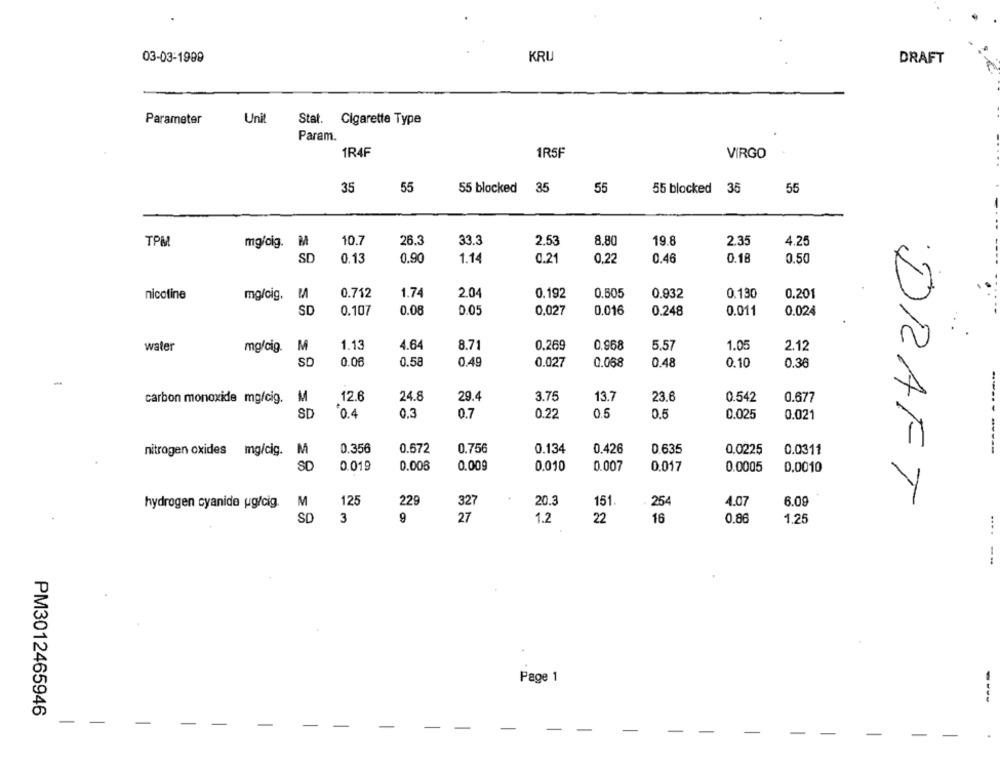
03-03-1989
KRU
DRAFT
Parameter
Unit
Stat. Cigarette Type
Param.
1R4F
1R5F
VIRGO
35
55
55 blocked 35
55
55 blocked 35
55
TPM
mg/dig. M
10.7
26.3
33.3
2.53
8.8
19.8
2.35
4.25
SD
0.13
0.90
1.14
0.2
0.22
0.46
0.18
0,50
nicotine
mg/cig.
0.712
1.74
2.04
0.192
0.505
0.932
0.130
0.201
SD
0.107
0.08
0.05
0,027
0.016
0.248
0.011
0.024
1.13
4.64
8.71
0.269
0,968
5.57
1.05
water
mg/cig.
M
2.12
SD
0.06
0.58
0.49
0.027
0.068
0.48
0.10
0.36
-
carbon monoxide mg/cig. M
12.6
24.8
29.4
3.75
13.7
23.6
0.542
0.677
SD
0.4
0.3
0.7
0.22
0.5
0.5
0.025
0.021
nitrogen oxides mg/cig.
M
0.356
0.572
0.756
0.134
0.426
0.635
0.0225
0.0311
-----
SD
0.019
0.006
0.009
0.010
0.007
0.017
0.0005
0.0010
hydrogen cyanide ug/cig.
M
125
229
327
20.3
151.
254
4.07
6.09
DRAFT
SD
3
9
27
1.2
22
16
0.86
1.25
....
-..
Page 1
----
PM3012465946
-
-
-
-